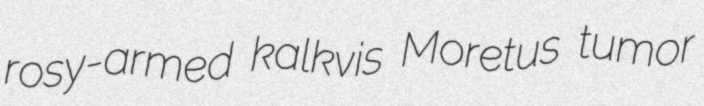
rosy-armed kalkvis Moretus tumor